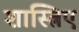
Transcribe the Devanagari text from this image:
शास्त्रिए